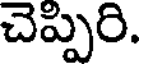
చెప్పిరి.